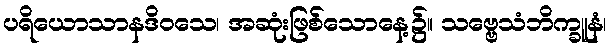
ပရိယောသာနဒိဝသေ၊ အဆုံးဖြစ်သောနေ့၌။ သဗ္ဗေသံဘိက္ခူနံ၊